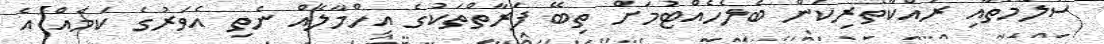
ސަލާމަތާއި ރައްކާތެރިކަން ބެލެހެއްޓުމަށް ތިބޭ ފަރާތްތަކުގެ އިހްމާލެއް ނެތި އެވަރުގެ ކަމެއް އެ